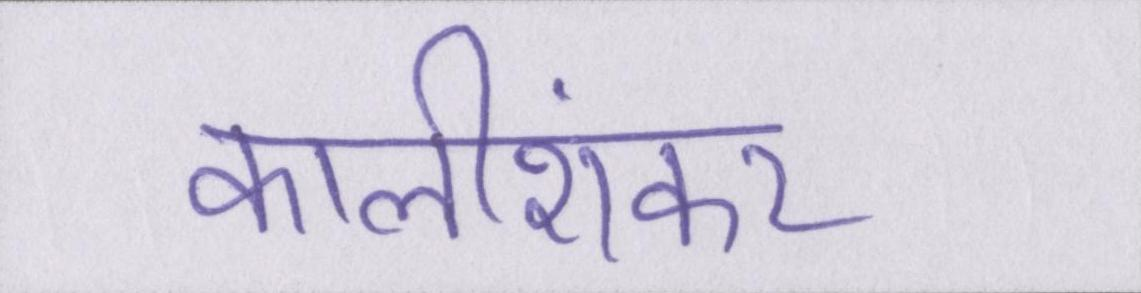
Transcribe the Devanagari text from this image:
कालीशंकर